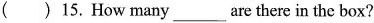
( )15. How many ___ are there in the box?